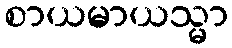
စာယမာယသ္မာ